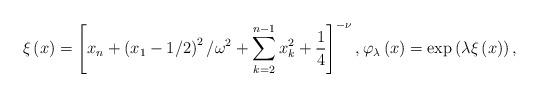
LaTeX: \begin{align*}\xi \left( x\right) =\left[ x_{n}+\left( x_{1}-1/2\right) ^{2}/\omega ^{2}+\displaystyle\sum \limits_{k=2}^{n-1}x_{k}^{2}+\frac{1}{4}\right] ^{-\nu },\varphi _{\lambda }\left( x\right) =\exp \left( \lambda \xi \left(x\right) \right) , \end{align*}